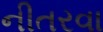
નીતરવા